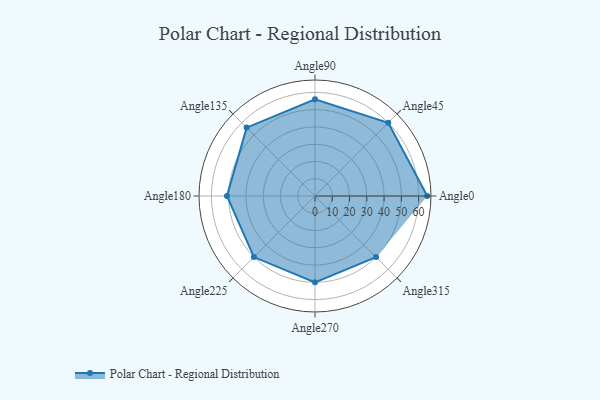
{"axis": {"x": "Angle", "y": "Radius"}, "legend": [""], "data": [{"x": "Angle0", "y": 65.0, "type": ""}, {"x": "Angle45", "y": 60.0, "type": ""}, {"x": "Angle90", "y": 56.0, "type": ""}, {"x": "Angle135", "y": 56.0, "type": ""}, {"x": "Angle180", "y": 51.0, "type": ""}, {"x": "Angle225", "y": 50, "type": ""}, {"x": "Angle270", "y": 50, "type": ""}, {"x": "Angle315", "y": 50, "type": ""}]}